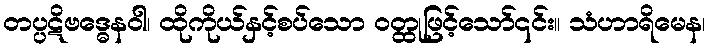
တပ္ပဋိဗဒ္ဓေနဝါ၊ ထိုကိုယ်နှင့်စပ်သော ဝတ္ထုဖြင့်သော်၎င်း။ သံဟာရိမေန၊